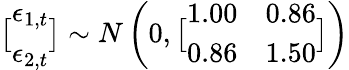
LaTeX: \bigl[\begin{array}{l}{\epsilon_{1,t}}\\ {\epsilon_{2,t}}\end{array}\bigr]\sim N\left(0,\bigl[\begin{array}{ll}{1.00}&{0.86}\\ {0.86}&{1.50}\end{array}\bigr]\right)